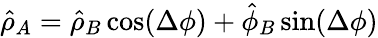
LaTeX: \hat{\rho}_{A}=\hat{\rho}_{B}\cos(\Delta\phi)+\hat{\phi}_{B}\sin(\Delta\phi)